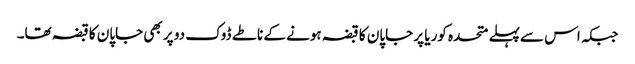
جبکہ اس سےپہلے متحدہ کوریا پر جاپان کا قبضہ ہونے کے ناطے ڈوک دو پر بھی جاپان کا قبضہ تھا۔